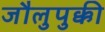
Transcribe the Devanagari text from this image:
जौलुपुक्की